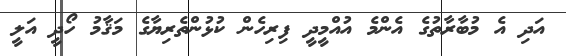
އަދި އެ މުބާރާތުގެ އެންމެ އުއްމީދީ ފިރިހެން ކުޅުންތެރިޔާގެ މަޤާމު ހޯދީ އަލީ